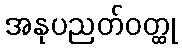
အနုပညတ်ဝတ္ထု